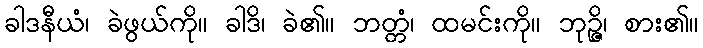
ခါဒနီယံ၊ ခဲဖွယ်ကို။ ခါဒိ၊ ခဲ၏။ ဘတ္တံ၊ ထမင်းကို။ ဘုဉ္ဇိ၊ စား၏။